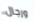
ورجال